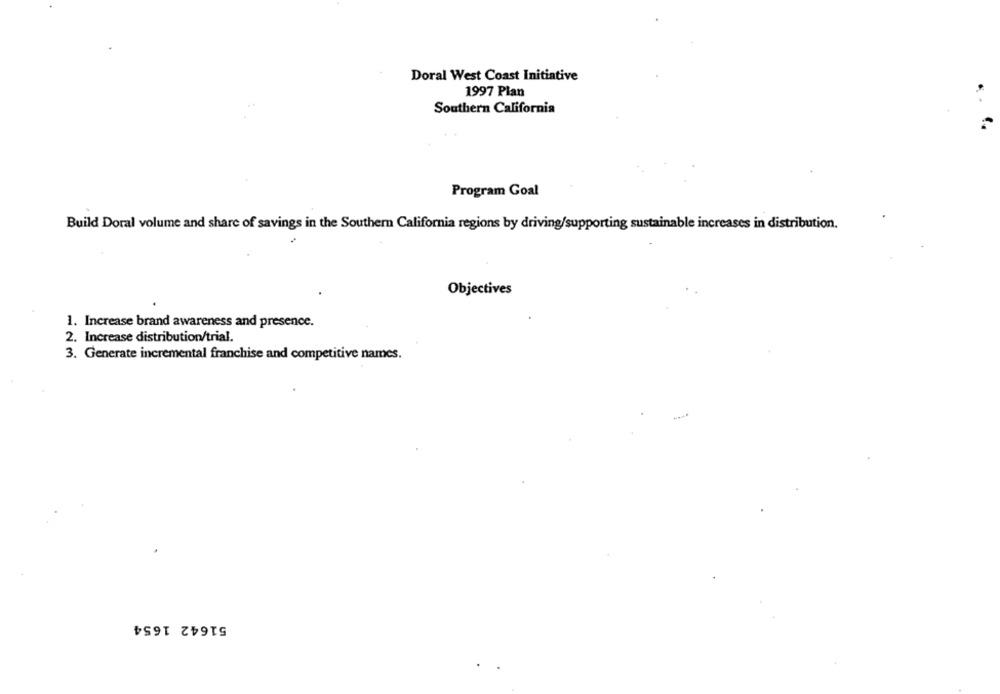
Doral West Coast Initiative
1997 Plan
Southern California
Program Goal
Build Doral volume and share of savings in the Southern California regions by driving/supporting sustainable increases in distribution.
Objectives
1. Increase brand awareness and presence.
2. Increase distribution/trial.
3. Generate incremental franchise and competitive names.
51642 1654